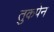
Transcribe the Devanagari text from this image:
तुकपेन